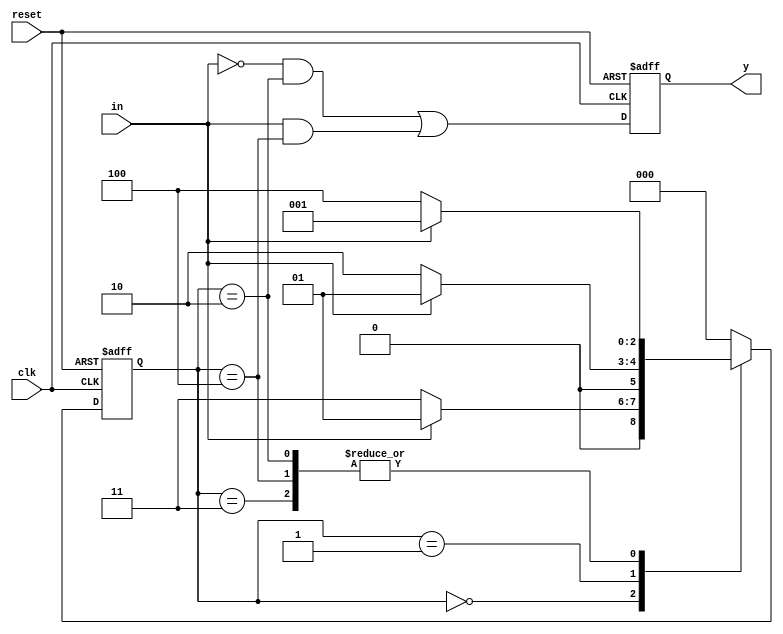
`timescale 1ns / 1ps

module mealy_100_001(output reg y, input clk, reset, in);
   reg [2:0]next_state = 0;
  reg [2:0]state = 0;
  
  parameter s0 = 3'b000, s1 = 3'b001, s2 = 3'b010, s3 = 3'b011, s4 = 3'b100;
  
  //present state block
  always @(posedge clk or posedge reset)
    begin
      if(reset)
      	state <= s0;
      else
        state <= next_state;
    end
  
  //next state and output block
  always @(*)
    begin 
      case(state)
        s0: next_state <= in ? s1 : s3;
        s1: next_state <= in ? s1 : s2;
        s2: next_state <= in ? s1 : s4;
        s3: next_state <= in ? s1 : s4;
        s4: next_state <= in ? s1 : s4;
        default: next_state <= s0;
      endcase
    end
  //output block
  always @(posedge clk or posedge reset)
    begin
      if(reset)
      	y <= 1'b0;
      else
        y <= (~in && (state == s2)) || (in && (state == s4));
    end  
endmodule